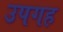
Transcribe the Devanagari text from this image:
उपगह